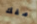
مفك